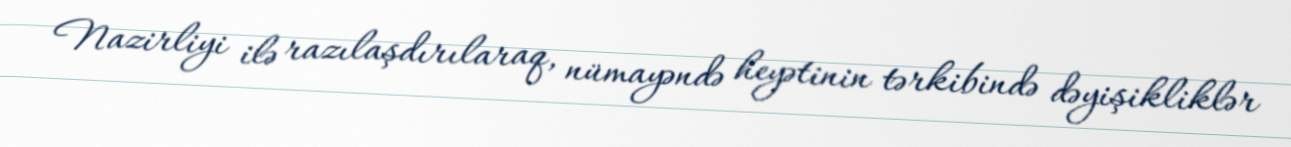
Nazirliyi ilə razılaşdırılaraq, nümayəndə heyətinin tərkibində dəyişikliklər